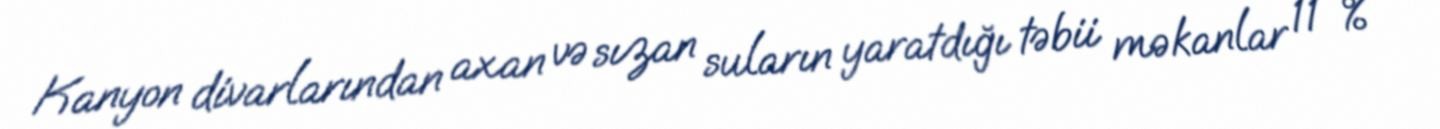
Kanyon divarlarından axan və sızan suların yaratdığı təbii məkanlar 11 %